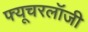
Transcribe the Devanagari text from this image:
फ्यूचरलॉजी